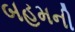
બહમની